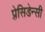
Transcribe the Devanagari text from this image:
प्रेसि़डेन्सी